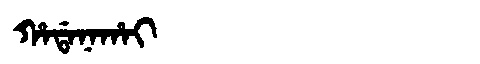
Manchu: ᡥᠠᡩᠠᠨᠠᡥᠠᡳ
Romanization: HADANAHAI